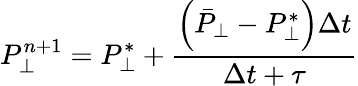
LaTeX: P_{\perp}^{n+1}=P_{\perp}^{*}+\frac{\left(\bar{P}_{\perp}-P_{\perp}^{*}\right)\Delta t}{\Delta t+\tau}